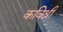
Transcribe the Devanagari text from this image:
कविश्री